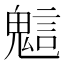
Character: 𧪵